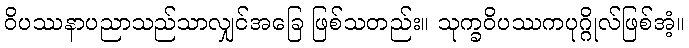
ဝိပဿနာပညာသည်သာလျှင်အခြေ ဖြစ်သတည်း။ သုက္ခဝိပဿကပုဂ္ဂိုလ်ဖြစ်အံ့။